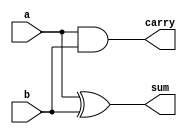
module half_addr (sum,carry,a,b);
  output sum, carry;
  input a, b;
  assign sum = a ^ b; // assigning sum
  assign carry = a & b; // assigning carry
endmodule